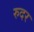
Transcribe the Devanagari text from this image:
रुदर